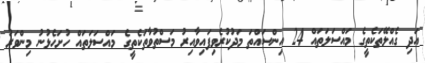
އަދި ގެއްލޭތަކެތީގެ މައްސަލަތައް 24 އިންސައްތަ މަދުކުރެވިފައިވާއިރު މަސްތުވާތަކެތީގެ މައްސަލަތައް ހުށަހެޅުނު މިންވަރު